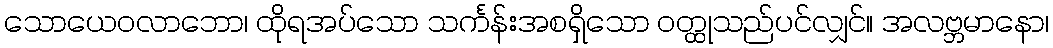
သောယေဝလာဘော၊ ထိုရအပ်သော သင်္ကန်းအစရှိသော ဝတ္ထုသည်ပင်လျှင်။ အလဗ္ဘမာနော၊